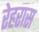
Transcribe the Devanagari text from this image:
रेहरास